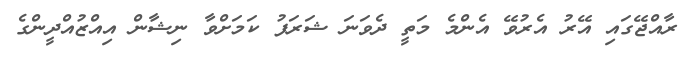
ރާއްޖޭގައި އޭރު އެރުވޭ އެންމެ މަތީ ދެވަނަ ޝަރަފު ކަމަށްވާ ނިޝާން އިއްޒުއްދީންގެ